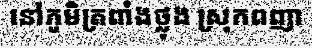
នៅភូមិត្រពាំងថ្លុង ស្រុកពញា